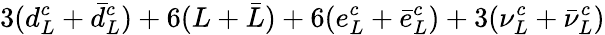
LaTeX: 3(d_{L}^{c}+\bar{d}_{L}^{c})+6(L+\bar{L})+6(e_{L}^{c}+\bar{e}_{L}^{c})+3(\nu_{L}^{c}+\bar{\nu}_{L}^{c})